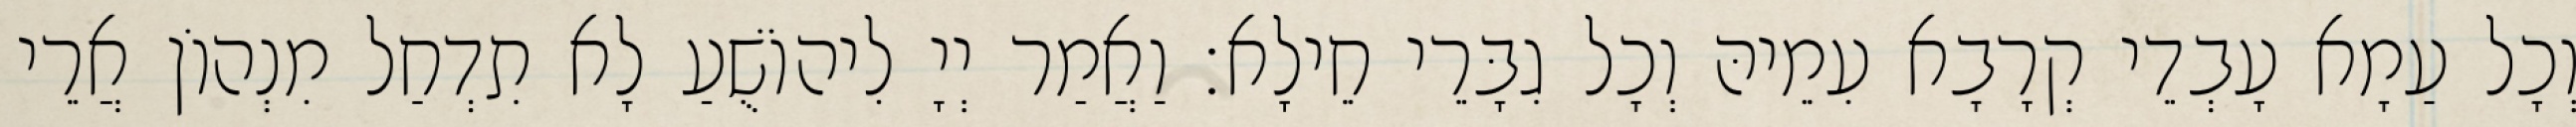
וְכָל עַמָא עָבְדֵי קְרָבָא עִמֵיהּ וְכָל גִבָּרֵי חֵילָא׃ וַאֲמַר יְיָ לִיהוֹשֻׁעַ לָא תִדְחַל מִנְהוֹן אֲרֵי